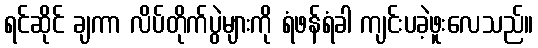
ရင်ဆိုင် ချကာ လိပ်တိုက်ပွဲများကို ရံဖန်ရံခါ ကျင်းပခဲ့ဖူးလေသည်။